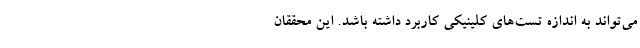
‌می‌تواند به اندازه تست‌های کلینیکی کاربرد داشته باشد. این محققان